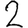
Digit: 2